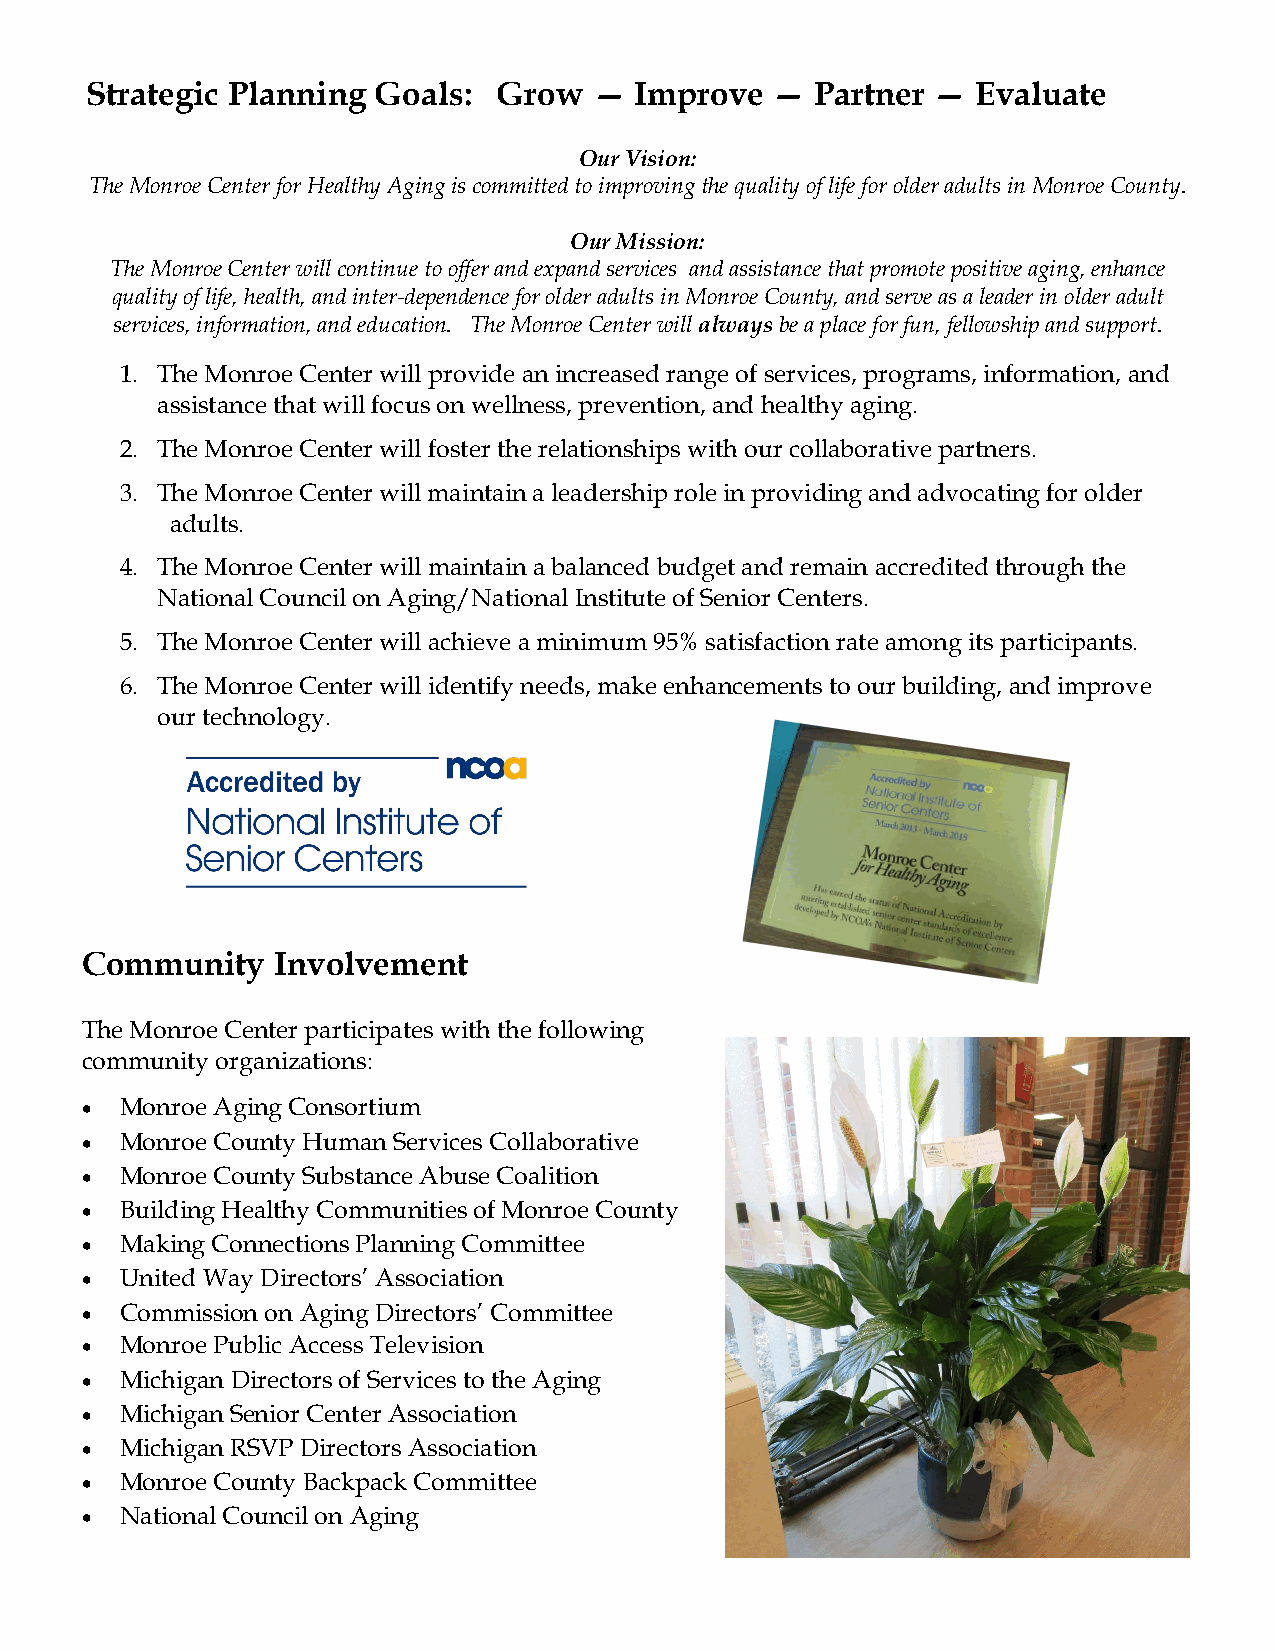
Strategic Planning Goals:  Grow  —  Improve  —  Partner —  Evaluate
 Our Vision:
 The Monroe Center for Healthy Aging is committed to improving the quality of life for older adults in Monroe County.
 Our Mission:
 The Monroe Center will continue to offer and expand services and assistance that promote positive aging, enhance
 quality of life, health, and inter-dependence for older adults in Monroe County, and serve as a leader in older adult
 services, information, and education. The Monroe Center will always be a place for fun, fellowship and support.
 1. The Monroe Center will provide an increased range of services, programs, information, and
 assistance that will focus on wellness, prevention, and healthy aging.
 2. The Monroe Center will foster the relationships with our collaborative partners.
 3. The Monroe Center will maintain a leadership role in providing and advocating for older
 adults.
 4. The Monroe Center will maintain a balanced budget and remain accredited through the
 National Council on Aging/National Institute of Senior Centers.
 5. The Monroe Center will achieve a minimum 95% satisfaction rate among its participants.
 6. The Monroe Center will identify needs, make enhancements to our building, and improve
 our technology.
 Community    Involvement
 The Monroe Center participates with the following
 community organizations:
   Monroe Aging Consortium
   Monroe County Human Services Collaborative
   Monroe County Substance Abuse Coalition
   Building Healthy Communities of Monroe County
   Making Connections Planning Committee
   United Way Directors’ Association
   Commission on Aging Directors’ Committee
   Monroe Public Access Television
   Michigan Directors of Services to the Aging
   Michigan Senior Center Association
   Michigan RSVP Directors Association
   Monroe County Backpack Committee
   National Council on Aging